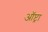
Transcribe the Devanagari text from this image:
ऑप्ट्रा